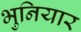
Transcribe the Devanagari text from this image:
भुनियार